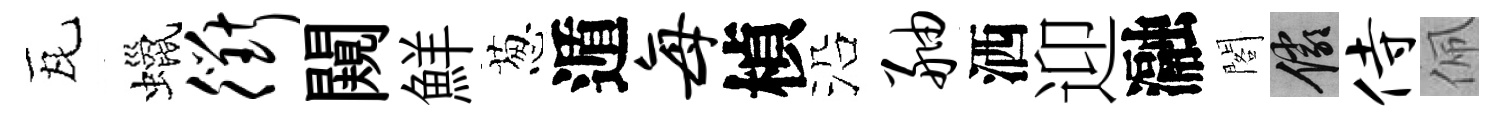
瓦蠟衢闚鮮葱遁每楨沿舳洒迎瀜閣儼侍佩